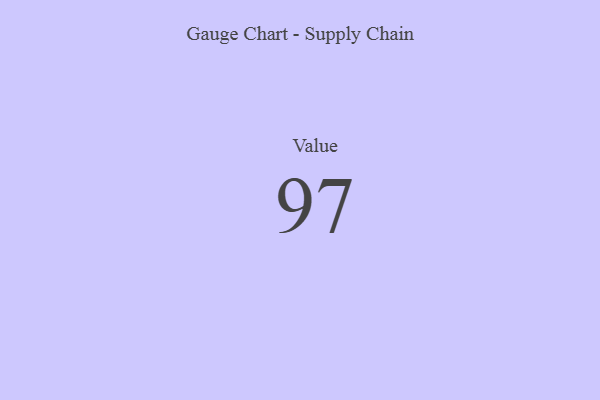
{"axis": {"x": "Metric", "y": "Value"}, "legend": [""], "data": [{"x": "Value", "y": 97, "type": ""}]}